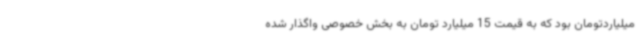
میلیاردتومان بود که به قیمت 15 میلیارد تومان به بخش خصوصی واگذار شده